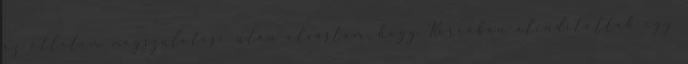
az ötletem megszületése után olvastam, hogy Koreában elindítottak egy